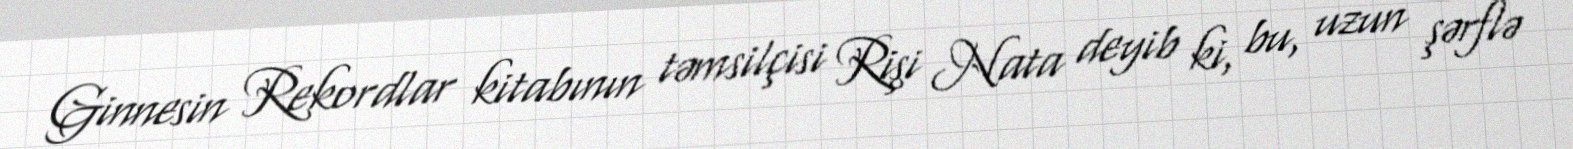
Ginnesin Rekordlar kitabının təmsilçisi Rişi Nata deyib ki, bu, uzun şərflə